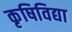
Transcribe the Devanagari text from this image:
कृषिविद्या